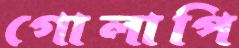
গোলাপি